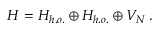
{ \cal H } = H _ { h . o . } \oplus H _ { h . o . } \oplus V _ { N } \, .